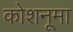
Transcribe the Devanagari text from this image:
कोशनूमा